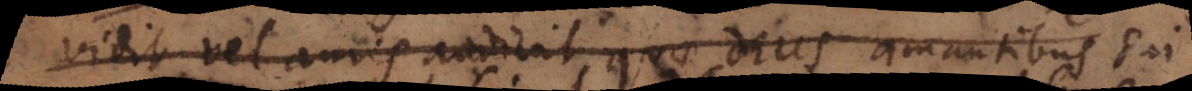
vidit vel auris audivit quae Deus amantibus sui